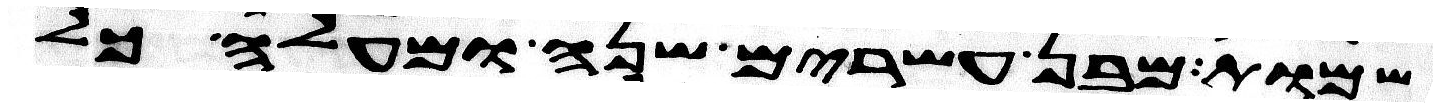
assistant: שמות מבן עשרים שנה ומעלה כל